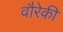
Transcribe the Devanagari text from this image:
वौरेकी